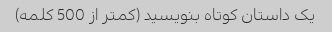
یک داستان کوتاه بنویسید (کمتر از 500 کلمه)